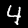
Digit: 4